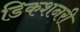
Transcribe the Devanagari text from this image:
डिकशनरी